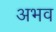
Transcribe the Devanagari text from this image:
अभव